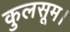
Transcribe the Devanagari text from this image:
कुलसूम।